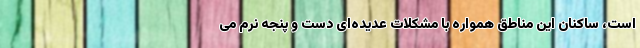
است، ساکنان این مناطق همواره با مشکلات عدیده‌ای دست و پنجه نرم می